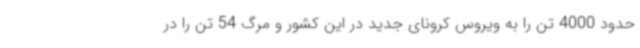
حدود 4000 تن را به ویروس کرونای جدید در این کشور و مرگ 54 تن را در